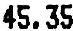
45.35